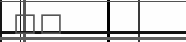
٢٥